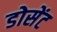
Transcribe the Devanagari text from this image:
डोसेंट